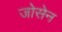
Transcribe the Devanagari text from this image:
जोसेन